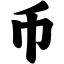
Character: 币